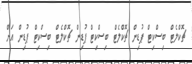
ޗޮކްލެޓް ބިސްކިޓް ޕުޑިން ޗޮކްލެޓް ބިސްކިޓް ޕުޑިން ޗޮކްލެޓް ބިސްކިޓް ޕުޑިން އަށް